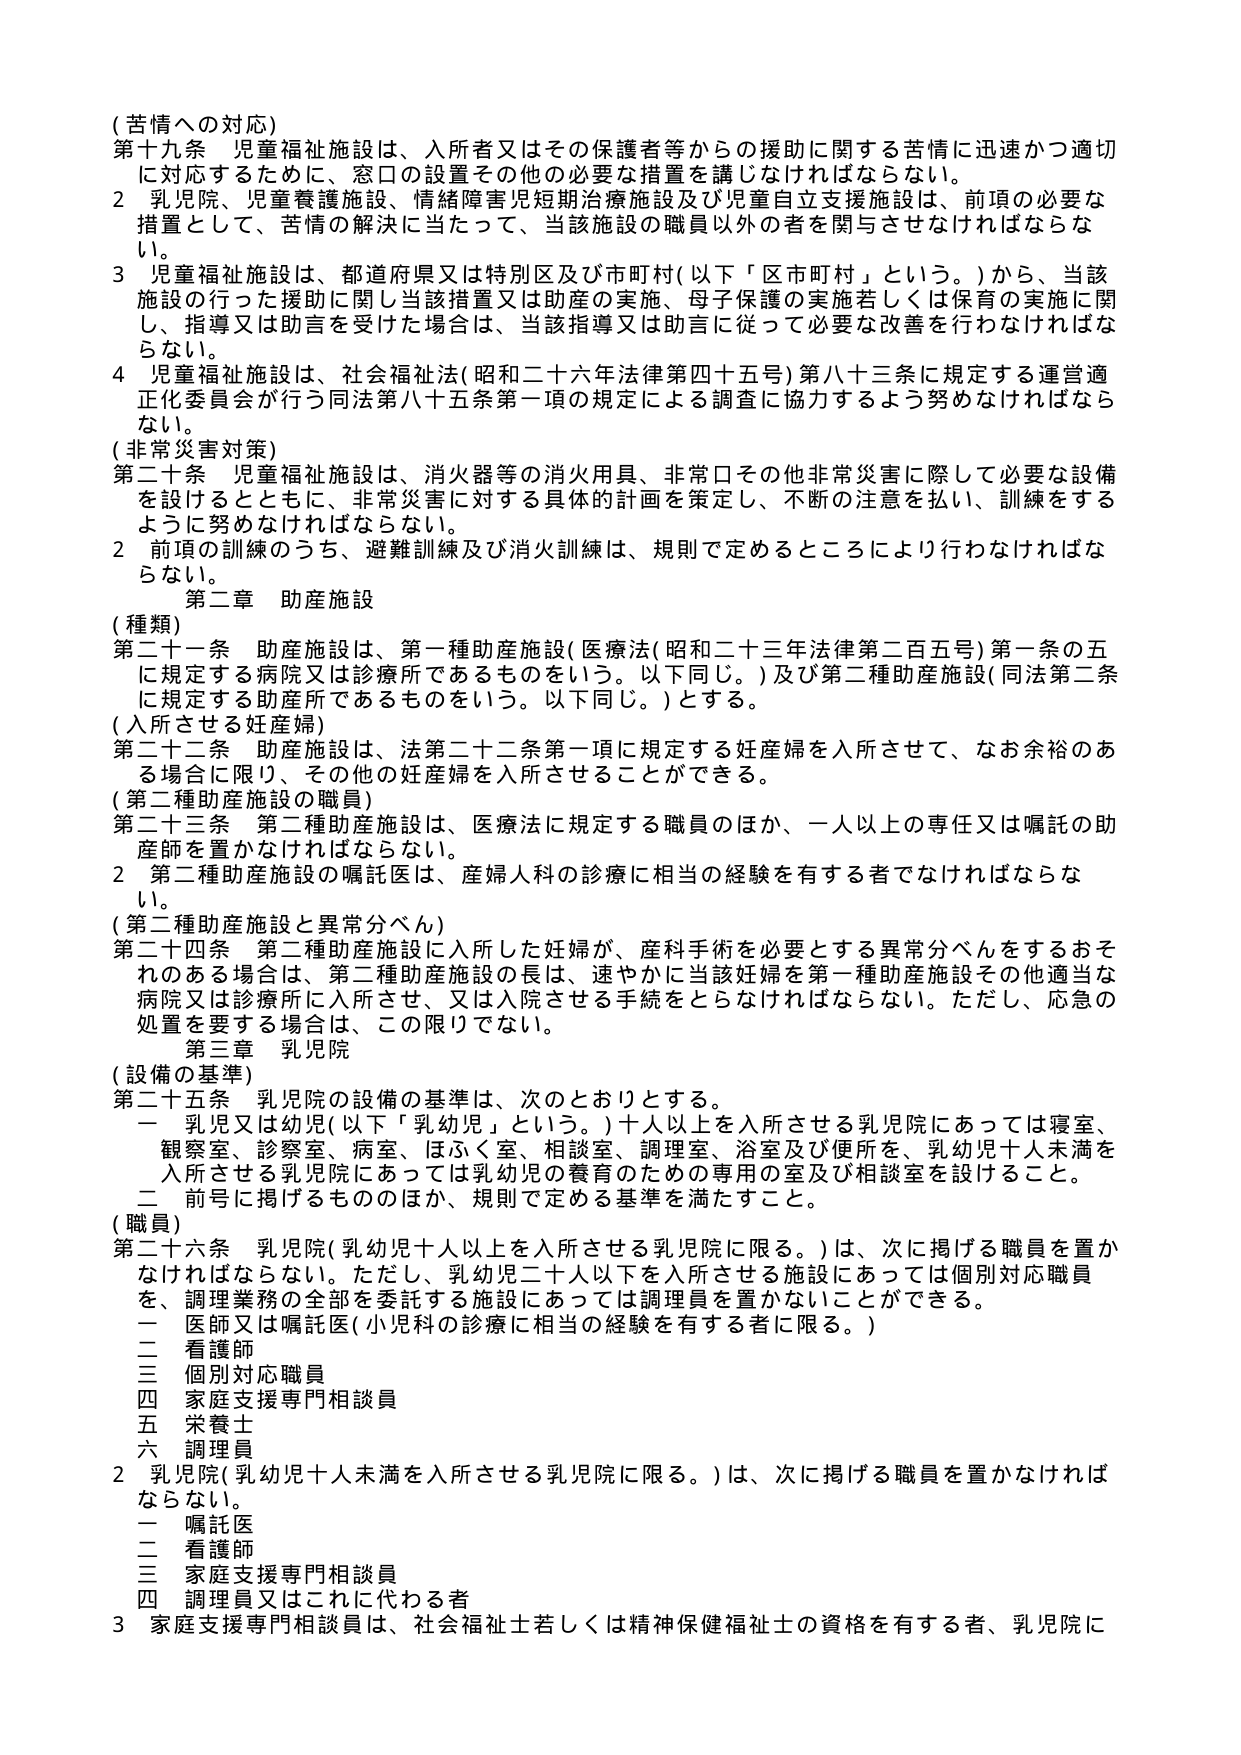
(苦情への対応)
第十九条 児童福祉施設は、入所者又はその保護者等からの援助に関する苦情に迅速かつ適切に対応するために、窓口の設置その他の必要な措置を講じなければならない。
2 乳児院、児童養護施設、情緒障害児短期治療施設及び児童自立支援施設は、前項の必要な措置として、苦情の解決に当たって、当該施設の職員以外の者を関与させなければならない。
3 児童福祉施設は、都道府県又は特別区及び市町村(以下「区市町村」という。)から、当該施設の行った援助に関し当該措置又は助産の実施、母子保護の実施若しくは保育の実施に関して、指導又は助言を受けた場合は、当該指導又は助言に従って必要な改善を行わなければならない。
4 児童福祉施設は、社会福祉法(昭和二十六年法律第四十五号)第八十三条に規定する運営適正化委員会が行う同法第八十五条第一項の規定による調査に協力するよう努めなければならない。

(非常災害対策)
第二十条 児童福祉施設は、消火器等の消火用具、非常口その他非常災害に際して必要な設備を設けるとともに、非常災害に対する具体的計画を策定し、不断の注意を払い、訓練をするように努めなければならない。
2 前項の訓練のうち、避難訓練及び消火訓練は、規則で定めるところにより行わなければならない。

第二章 助産施設

(種類)
第二十一条 助産施設は、第一種助産施設(医療法(昭和二十三年法律第二百五号)第一条の五に規定する病院又は診療所であるものをいう。以下同じ。)及び第二種助産施設(同法第二条に規定する助産所であるものをいう。以下同じ。)とする。

(入所させる妊産婦)
第二十二条 助産施設は、法第二十二条第一項に規定する妊産婦を入所させて、なお余裕のある場合に限り、その他の妊産婦を入所させることができる。

(第二種助産施設の職員)
第二十三条 第二種助産施設は、医療法に規定する職員のほか、一人以上の専任又は嘱託の助産師を置かなければならない。
2 第二種助産施設の嘱託医は、産婦人科の診療に相当の経験を有する者でなければならない。

(第二種助産施設と異常分べん)
第二十四条 第二種助産施設に入所した妊婦が、産科手術を必要とする異常分べんをするおそれのある場合は、第二種助産施設の長は、速やかに当該妊婦を第一種助産施設その他適当な病院又は診療所に入所させ、又は入院させる手続をとらなければならない。ただし、応急の処置を要する場合は、この限りでない。

第三章 乳児院

(設備の基準)
第二十五条 乳児院の設備の基準は、次のとおりとする。
一 乳児又は幼児(以下「乳幼児」という。)十人以上を入所させる乳児院にあっては寝室、観察室、診察室、病室、ほふく室、相談室、調理室、浴室及び便所を、乳幼児十人未満を入所させる乳児院にあっては乳幼児の養育のための専用の室及び相談室を設けること。
二 前号に掲げるもののほか、規則で定める基準を満たすこと。

(職員)
第二十六条 乳児院(乳幼児十人以上を入所させる乳児院に限る。)は、次に掲げる職員を置かなければならない。ただし、乳幼児二十人以下を入所させる施設にあっては個別対応職員を、調理業務の全部を委託する施設にあっては調理員を置かないことができる。
一 医師又は嘱託医(小児科の診療に相当の経験を有する者に限る。)
二 看護師
三 個別対応職員
四 家庭支援専門相談員
五 栄養士
六 調理員
2 乳児院(乳幼児十人未満を入所させる乳児院に限る。)は、次に掲げる職員を置かなければならない。
一 嘱託医
二 看護師
三 家庭支援専門相談員
四 調理員又はこれに代わる者
3 家庭支援専門相談員は、社会福祉士若しくは精神保健福祉士の資格を有する者、乳児院に